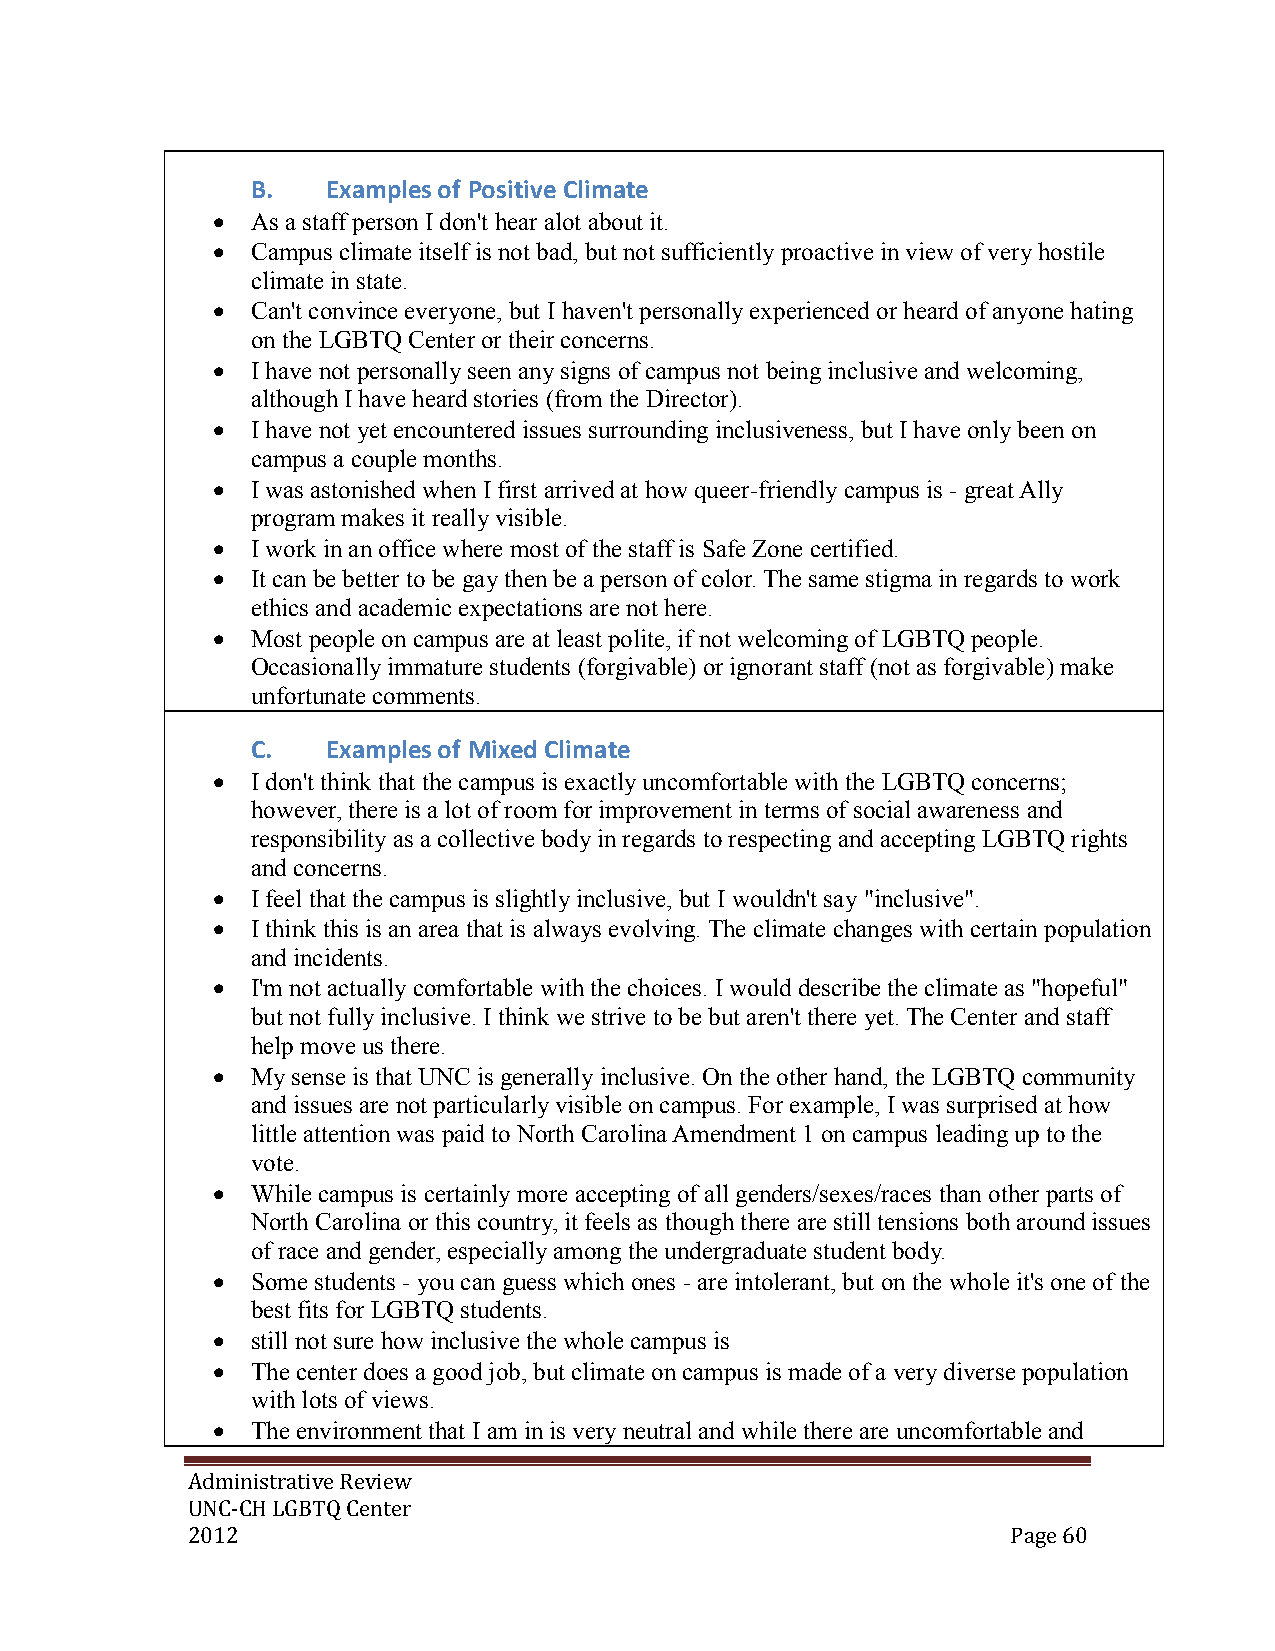
B.   Examples of Positive Climate
   As a staff person I don't hear alot about it.
   Campus climate itself is not bad, but not sufficiently proactive in view of very hostile
 climate in state.
   Can't convince everyone, but I haven't personally experienced or heard of anyone hating
 on the LGBTQ Center or their concerns.
   I have not personally seen any signs of campus not being inclusive and welcoming,
 although I have heard stories (from the Director).
   I have not yet encountered issues surrounding inclusiveness, but I have only been on
 campus a couple months.
   I was astonished when I first arrived at how queer-friendly campus is - great Ally
 program makes it really visible.
   I work in an office where most of the staff is Safe Zone certified.
   It can be better to be gay then be a person of color. The same stigma in regards to work
 ethics and academic expectations are not here.
   Most people on campus are at least polite, if not welcoming of LGBTQ people.
 Occasionally immature students (forgivable) or ignorant staff (not as forgivable) make
 unfortunate comments.
 C.   Examples of Mixed Climate
   I don't think that the campus is exactly uncomfortable with the LGBTQ concerns;
 however, there is a lot of room for improvement in terms of social awareness and
 responsibility as a collective body in regards to respecting and accepting LGBTQ rights
 and concerns.
   I feel that the campus is slightly inclusive, but I wouldn't say "inclusive".
   I think this is an area that is always evolving. The climate changes with certain population
 and incidents.
   I'm not actually comfortable with the choices. I would describe the climate as "hopeful"
 but not fully inclusive. I think we strive to be but aren't there yet. The Center and staff
 help move us there.
   My sense is that UNC is generally inclusive. On the other hand, the LGBTQ community
 and issues are not particularly visible on campus. For example, I was surprised at how
 little attention was paid to North Carolina Amendment 1 on campus leading up to the
 vote.
   While campus is certainly more accepting of all genders/sexes/races than other parts of
 North Carolina or this country, it feels as though there are still tensions both around issues
 of race and gender, especially among the undergraduate student body.
   Some students - you can guess which ones - are intolerant, but on the whole it's one of the
 best fits for LGBTQ students.
   still not sure how inclusive the whole campus is
   The center does a good job, but climate on campus is made of a very diverse population
 with lots of views.
   The environment that I am in is very neutral and while there are uncomfortable and
 Administrative Review
 UNC-CH LGBTQ Center
 2012                                                   Page 60